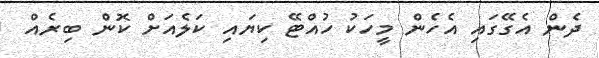
ދެން އެގޭގައި އެހެން މީހަކު ހުއްޓޭ ކިޔައި ކަލެއަށް ކޮން ބިރެއް